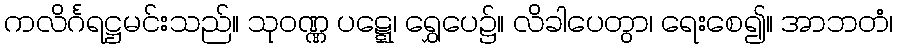
ကလိင်္ဂရဋ္ဌမင်းသည်။ သုဝဏ္ဏ ပဋ္ဋေ၊ ရွှေပေ၌။ လိခါပေတွာ၊ ရေးစေ၍။ အာဘတံ၊